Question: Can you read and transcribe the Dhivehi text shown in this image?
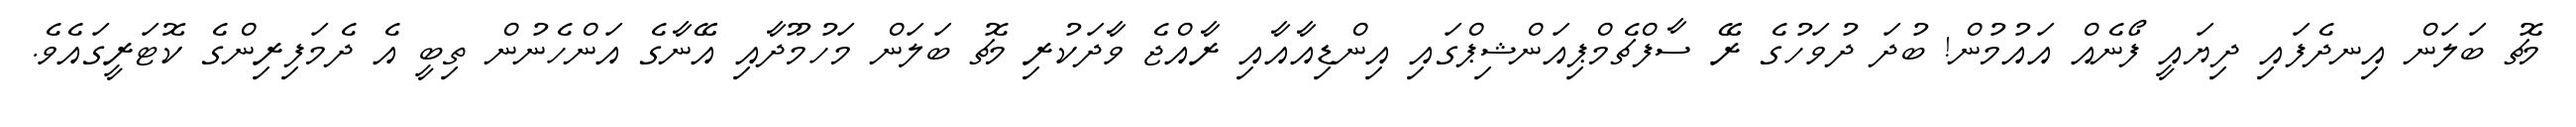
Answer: މެޗު ބަލަން އިނދެފައި ދިޔައީ ފޯނެއް އައުމުން! ބުދަ ދުވަހުގެ ރޭ ސާފްޗެމްޕިއަންޝިޕްގައި އިންޑިއާއާއި ރާއްޖެ ވާދަކުރި މެޗު ބަލަން މަހުމޫދާއި އޭނާގެ އަންހެނުން ތިބީ އެ ދެމަފިރިންގެ ކޮޓަރީގައެވެ.